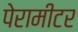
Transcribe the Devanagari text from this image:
पेरामीटर